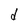
Character: d